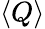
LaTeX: \langle{Q}\rangle